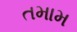
તમામ